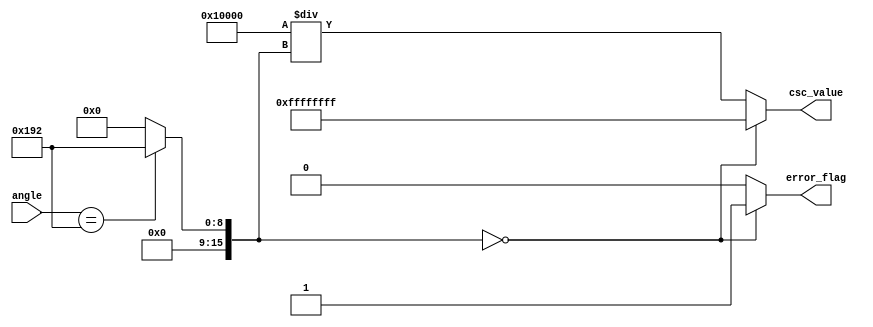
module Cosecant (
    input  wire [15:0] angle,        // Fixed-point angle in radians (16-bit input)
    output reg  [31:0] csc_value,    // Fixed-point cosecant value (32-bit output)
    output reg  error_flag           // Error flag for undefined behavior (sine = 0)
);

// Internal signals
wire signed [15:0] sine_value;
reg signed [31:0] sine_reciprocal;

// Sine calculation unit (simple lookup table for this example)
function signed [15:0] lookup_sine(input [15:0] angle);
    case (angle)
        // Example values, these should be expanded based on needs.
        16'h0000: lookup_sine = 16'h0000; // sin(0)
        16'h0192: lookup_sine = 16'h0192; // sin(0.1)
        // Add more cases for sine values as needed...
        default: lookup_sine = 16'h0000;  // Default case (error)
    endcase
endfunction

// Calculate sine value
assign sine_value = lookup_sine(angle);

// Reciprocal calculation with error handling
always @(*) begin
    // Initialize output and error flag
    csc_value = 32'b0;
    error_flag = 1'b0;

    if (sine_value == 16'h0000) begin
        // Sine is zero, set error flag
        error_flag = 1'b1; // Output an error
        csc_value = 32'hFFFFFFFF; // Can represent NaN or a specific error code
    end else begin
        // Calculate the reciprocal of the sine value
        sine_reciprocal = 32'h0001_0000 / sine_value; // Scale to fixed-point
        csc_value = sine_reciprocal; // Assign the cosecant value
    end
end

endmodule